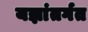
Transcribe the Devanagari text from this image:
यज्ञांतर्गत